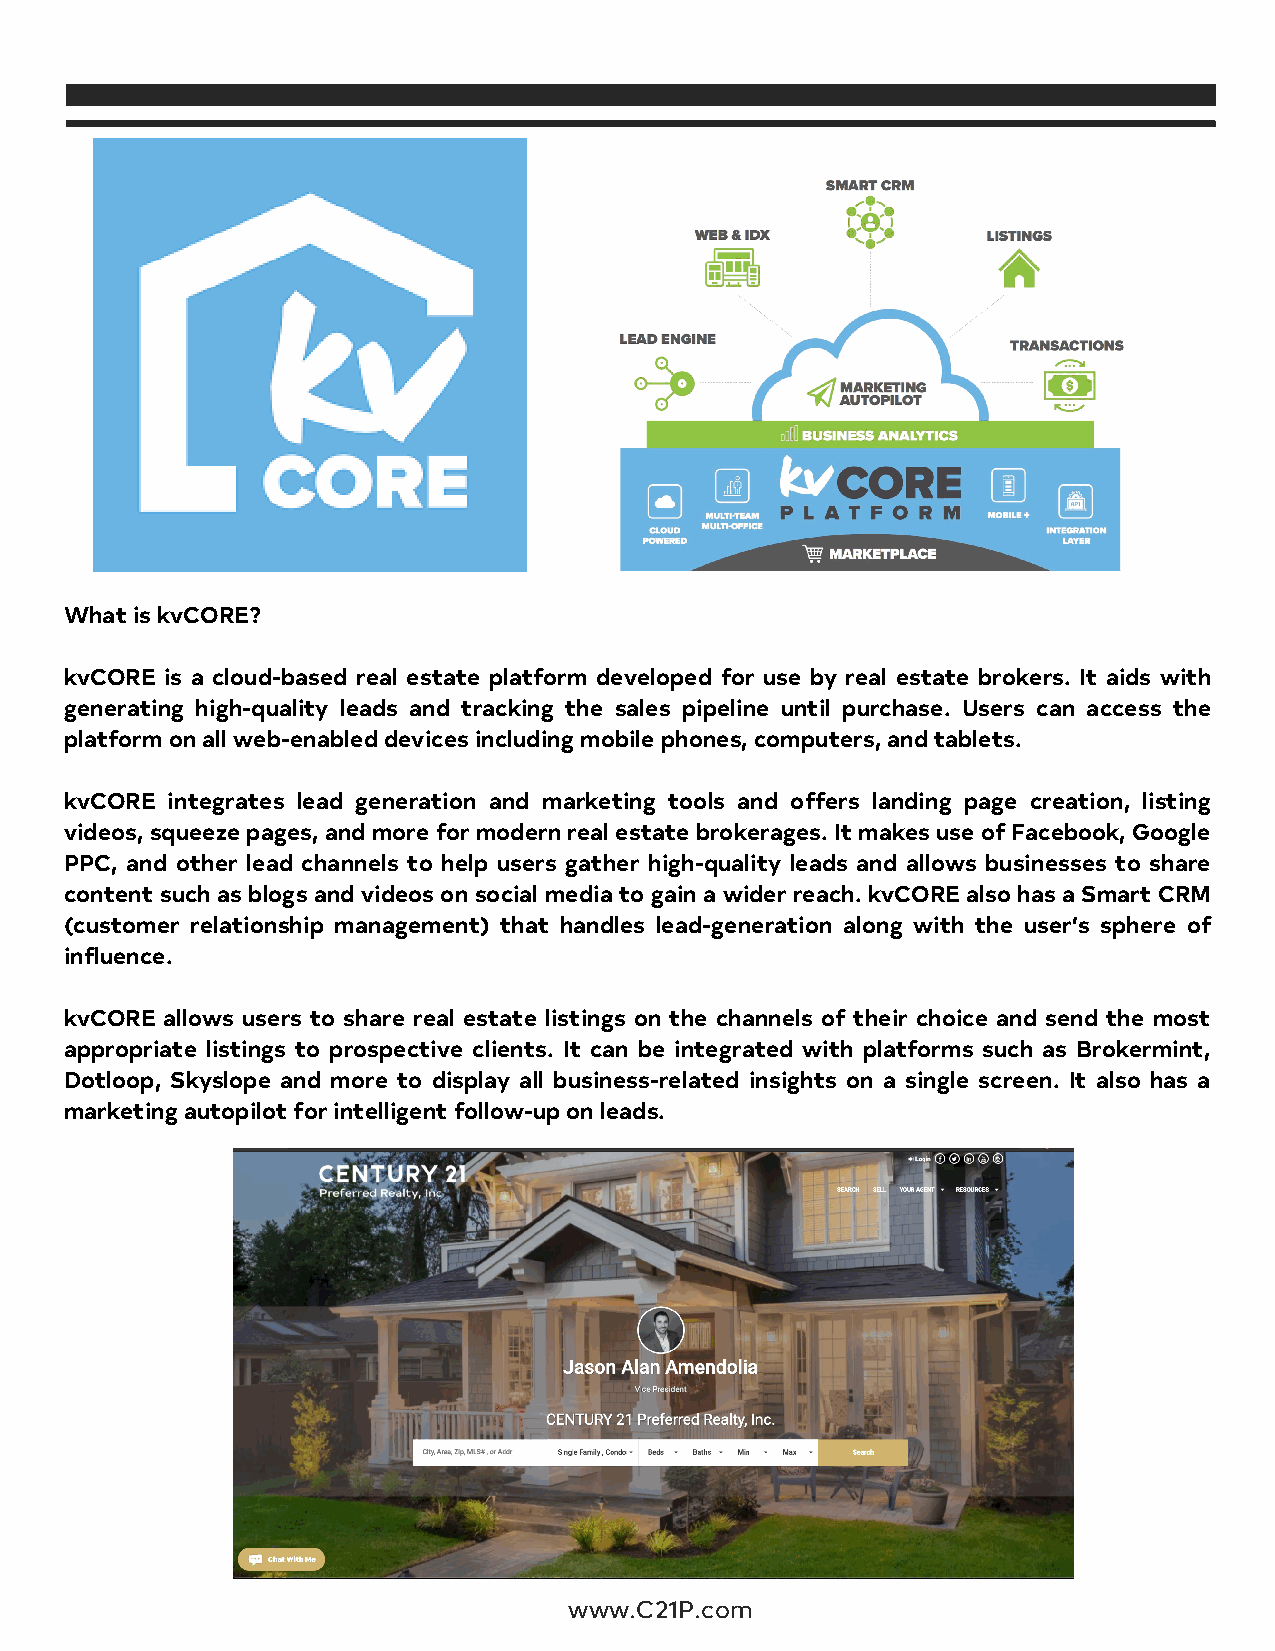
What is kvCORE?
 kvCORE is a cloud-based real estate platform developed for use by real estate brokers. It aids with
 generating high-quality leads and tracking the sales pipeline until purchase. Users can access the
 platform on all web-enabled devices including mobile phones, computers, and tablets.
 kvCORE integrates lead generation and marketing tools and offers landing page creation, listing
 videos, squeeze pages, and more for modern real estate brokerages. It makes use of Facebook, Google
 PPC, and other lead channels to help users gather high-quality leads and allows businesses to share
 content such as blogs and videos on social media to gain a wider reach. kvCORE also has a Smart CRM
 (customer relationship management) that handles lead-generation along with the user’s sphere of
 influence.
 kvCORE allows users to share real estate listings on the channels of their choice and send the most
 appropriate listings to prospective clients. It can be integrated with platforms such as Brokermint,
 Dotloop, Skyslope and more to display all business-related insights on a single screen. It also has a
 marketing autopilot for intelligent follow-up on leads.
 www.C21P.com